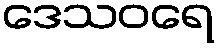
ဒေသဝရေ